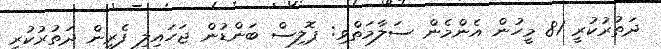
ދަތުރުކުރީ 81 މީހުން އެންމެން ސަލާމަތްވި: ޕޮލިސް ބަންޑުން ޖަހައިލި ފެރީން ދަތުރުކުރި